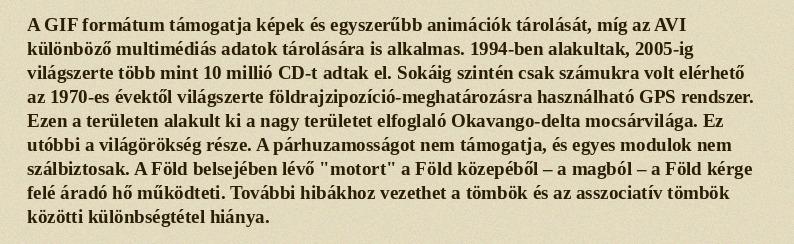
A GIF formátum támogatja képek és egyszerűbb animációk tárolását, míg az AVI különböző multimédiás adatok tárolására is alkalmas. 1994-ben alakultak, 2005-ig világszerte több mint 10 millió CD-t adtak el. Sokáig szintén csak számukra volt elérhető az 1970-es évektől világszerte földrajzipozíció-megha­tározásra használható GPS rendszer. Ezen a területen alakult ki a nagy területet elfoglaló Okavango-delta mocsárvilága. Ez utóbbi a világörökség része. A párhuzamosságot nem támogatja, és egyes modulok nem szálbiztosak. A Föld belsejében lévő "motort" a Föld közepéből – a magból – a Föld kérge felé áradó hő működteti. További hibákhoz vezethet a tömbök és az asszociatív tömbök közötti különbségtétel hiánya.